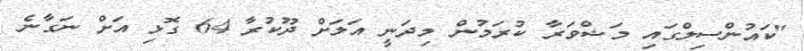
"ކައުންސިލްގައި މަޝްވަރާ ކުރަމުން މިދަނީ އަލަށް ދޫކުރާ 64 ގޮޅި އަށް ނަގާނެ